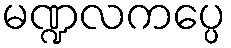
မဏ္ဍလကပ္ပေ